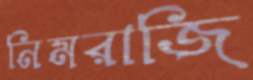
নিমরাজি